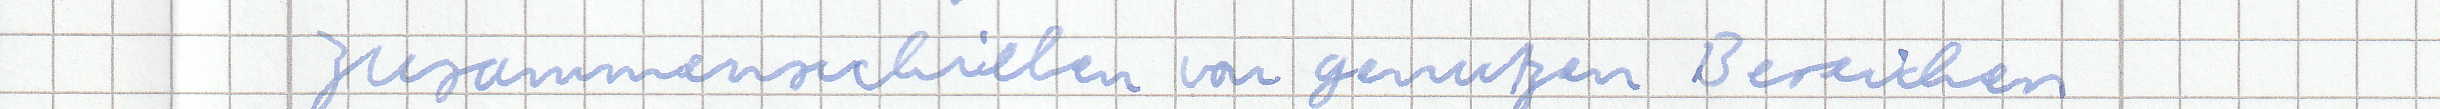
zusammenschieben von genutzen Bereichen